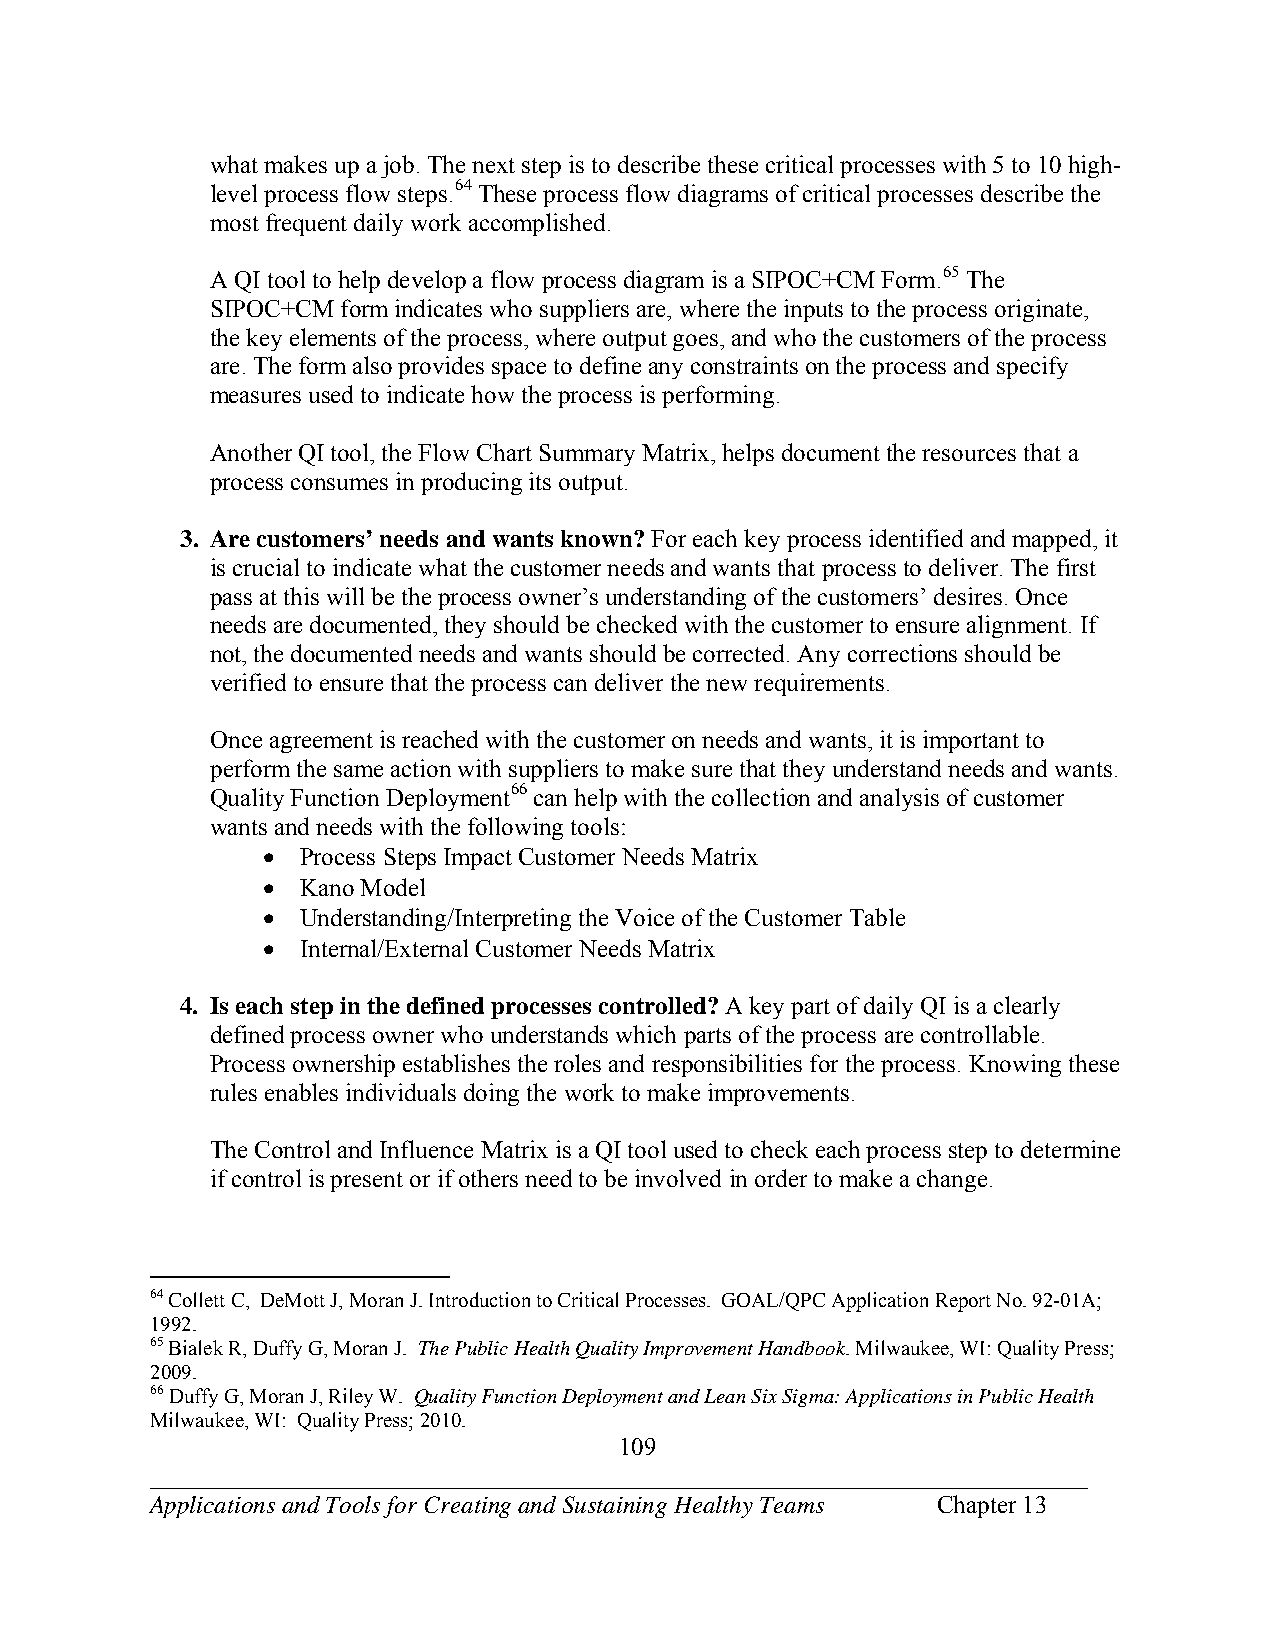
what makes up a job. The next step is to describe these critical processes with 5 to 10 high-
 level process flow steps.64 These process flow diagrams of critical processes describe the
 most frequent daily work accomplished.
 A QI tool to help develop a flow process diagram is a SIPOC+CM Form.65 The
 SIPOC+CM form indicates who suppliers are, where the inputs to the process originate,
 the key elements of the process, where output goes, and who the customers of the process
 are. The form also provides space to define any constraints on the process and specify
 measures used to indicate how the process is performing.
 Another QI tool, the Flow Chart Summary Matrix, helps document the resources that a
 process consumes in producing its output.
 3. Are customers’ needs and wants known? For each key process identified and mapped, it
 is crucial to indicate what the customer needs and wants that process to deliver. The first
 pass at this will be the process owner’s understanding of the customers’ desires. Once
 needs are documented, they should be checked with the customer to ensure alignment. If
 not, the documented needs and wants should be corrected. Any corrections should be
 verified to ensure that the process can deliver the new requirements.
 Once agreement is reached with the customer on needs and wants, it is important to
 perform the same action with suppliers to make sure that they understand needs and wants.
 Quality Function Deployment66 can help with the collection and analysis of customer
 wants and needs with the following tools:
   Process Steps Impact Customer Needs Matrix
   Kano Model
   Understanding/Interpreting the Voice of the Customer Table
   Internal/External Customer Needs Matrix
 4. Is each step in the defined processes controlled? A key part of daily QI is a clearly
 defined process owner who understands which parts of the process are controllable.
 Process ownership establishes the roles and responsibilities for the process. Knowing these
 rules enables individuals doing the work to make improvements.
 The Control and Influence Matrix is a QI tool used to check each process step to determine
 if control is present or if others need to be involved in order to make a change.
 64 Collett C, DeMott J, Moran J. Introduction to Critical Processes. GOAL/QPC Application Report No. 92-01A;
 1992.
 65 Bialek R, Duffy G, Moran J. The Public Health Quality Improvement Handbook. Milwaukee, WI: Quality Press;
 2009.
 66 Duffy G, Moran J, Riley W. Quality Function Deployment and Lean Six Sigma: Applications in Public Health
 Milwaukee, WI: Quality Press; 2010.
 109
 ___________________________________________________________________________
 Applications and Tools for Creating and Sustaining Healthy Teams Chapter 13